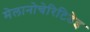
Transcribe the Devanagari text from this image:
मेलानोचेरिटिडेइ